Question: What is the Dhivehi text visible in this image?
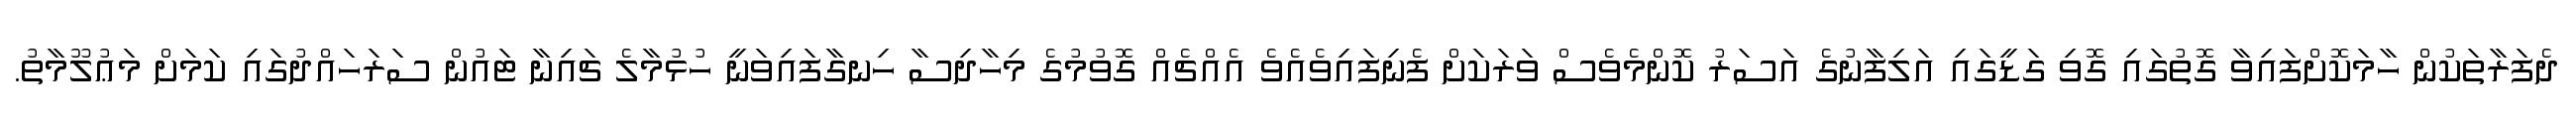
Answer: ދެފަރާތަކުން ހާމަކޮށްފައިވާ ގޮތުގައި ގޮވި ގަޑީގައި އަލިފާނުގެ އަސަރު ކޮންމެވެސް ވަރަކަށް ފެނިފައިވެއެވެ އެއްޗެއް ގޮވުމުގެ މިހާދިސާ ހިނގާފައިވަނީ ހުޅުމާލެ ޗައިނާ ޓައުން ސަރަހައްދުގައި ކަމަށް މަޢުލޫމާތު.